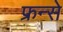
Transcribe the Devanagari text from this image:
फ्रन्से